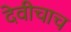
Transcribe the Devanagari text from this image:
देवीचाच